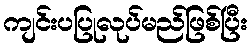
ကျင်းပပြုလုပ်မည်ဖြစ်ပြီး